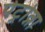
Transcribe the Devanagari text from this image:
पेट्रोव्ना